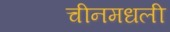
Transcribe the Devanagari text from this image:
चीनमधली